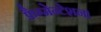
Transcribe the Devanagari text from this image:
फ्रैग्मेन्टेशन।